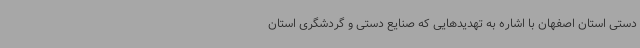
دستی استان اصفهان با اشاره به تهدیدهایی که صنایع دستی و گردشگری استان